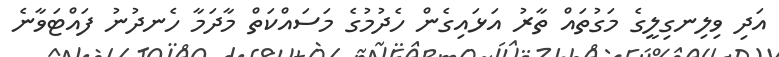
އަދި ވިލިނގިލީގެ މަގުތައް ތާރު އަޅައިގެން ހެދުމުގެ މަސައްކަތް މާދަމާ ހެނދުނު ފައްޓަވާނެ